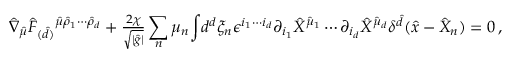
\hat { \nabla } _ { \hat { \mu } } \hat { F } _ { ( \hat { d } ) } { } ^ { \hat { \mu } \hat { \rho } _ { 1 } \cdots \hat { \rho } _ { d } } + { \textstyle \frac { 2 \chi } { \sqrt { | \hat { g } | } } } \sum _ { n } \mu _ { n } { \displaystyle \int } d ^ { d } \xi _ { n } \epsilon ^ { i _ { 1 } \cdots i _ { d } } \partial _ { i _ { 1 } } \hat { X } ^ { \hat { \mu } _ { 1 } } \cdots \partial _ { i _ { d } } \hat { X } ^ { \hat { \mu } _ { d } } \delta ^ { \hat { d } } ( \hat { x } - \hat { X } _ { n } ) = 0 \, ,